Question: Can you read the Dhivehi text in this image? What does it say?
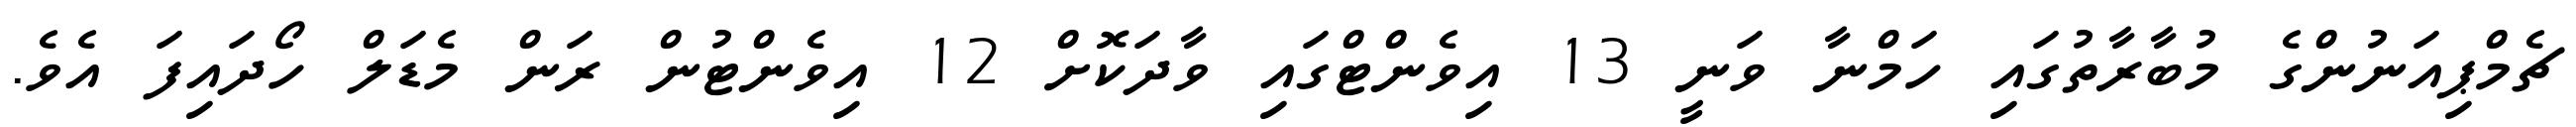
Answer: ޗެމްޕިއަނުންގެ މުބާރާތުގައި ހަމްނާ ވަނީ 13 އިވެންޓްގައި ވާދަކޮށް 12 އިވެންޓުން ރަން މެޑަލް ހޯދައިފަ އެވެ.